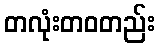
တလုံးတဝတည်း